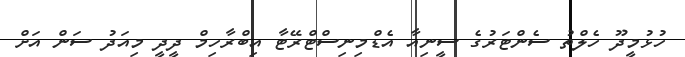
ހުޅުމީދޫ ހެލްތު ސެންޓަރުގެ ސީނިއާ އެޑްމިނިސްޓްރޭޓާ އިބްރާހިމް ދީދީ މިއަދު ސަން އަށް